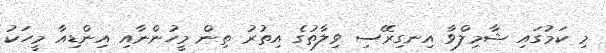
މި ކަމުގައި ޝާމިލްވާ އިނގިރޭސި ވިލާތުގެ އިތުރު ތިން މީހުންނާއި އިންޑިއާ މީހަކު